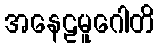
အနေဠမူဂေါတိ